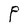
Character: P